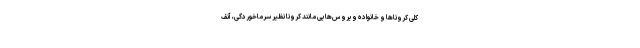
کلی کروناها و خانواده ویروس‌هایی مانند کرونا نظیر سرماخوردگی، آنف